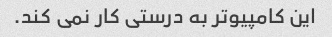
این کامپیوتر به درستی کار نمی کند.